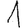
Digit: 1